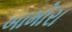
બામોરા